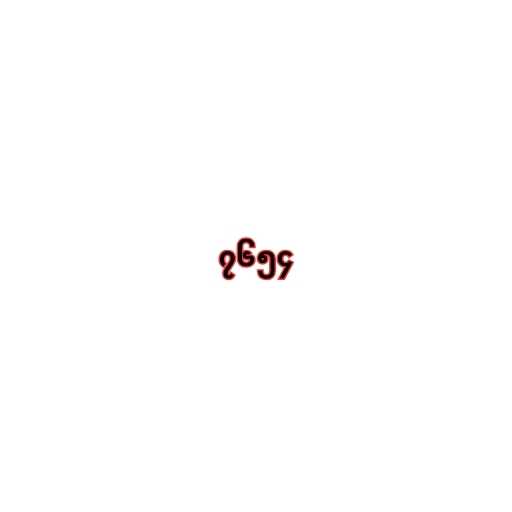
၇၆၅၄